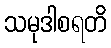
သမုဒါစရတိ